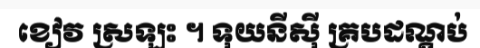
ខៀវ ស្រឡះ ។ ទុយនីស៊ី គ្របដណ្តប់